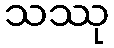
သဿု